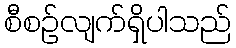
စီစဉ်လျက်ရှိပါသည်